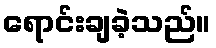
ရောင်းချခဲ့သည်။